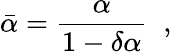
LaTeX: \bar{\alpha}=\frac{\alpha}{1-\delta\alpha}\; \; ,